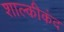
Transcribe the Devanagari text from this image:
शाल्कीकंद